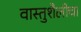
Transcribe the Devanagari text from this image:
वास्तुशैलीचा